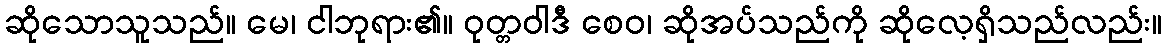
ဆိုသောသူသည်။ မေ၊ ငါဘုရား၏။ ဝုတ္တဝါဒီ စေဝ၊ ဆိုအပ်သည်ကို ဆိုလေ့ရှိသည်လည်း။